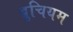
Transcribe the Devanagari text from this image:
ब्रुचियम